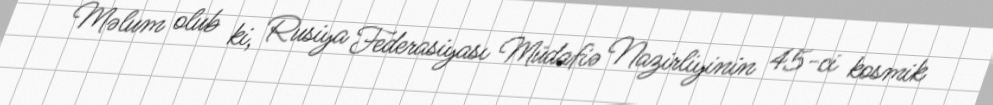
Məlum olub ki, Rusiya Federasiyası Müdafiə Nazirliyinin 45-ci kosmik